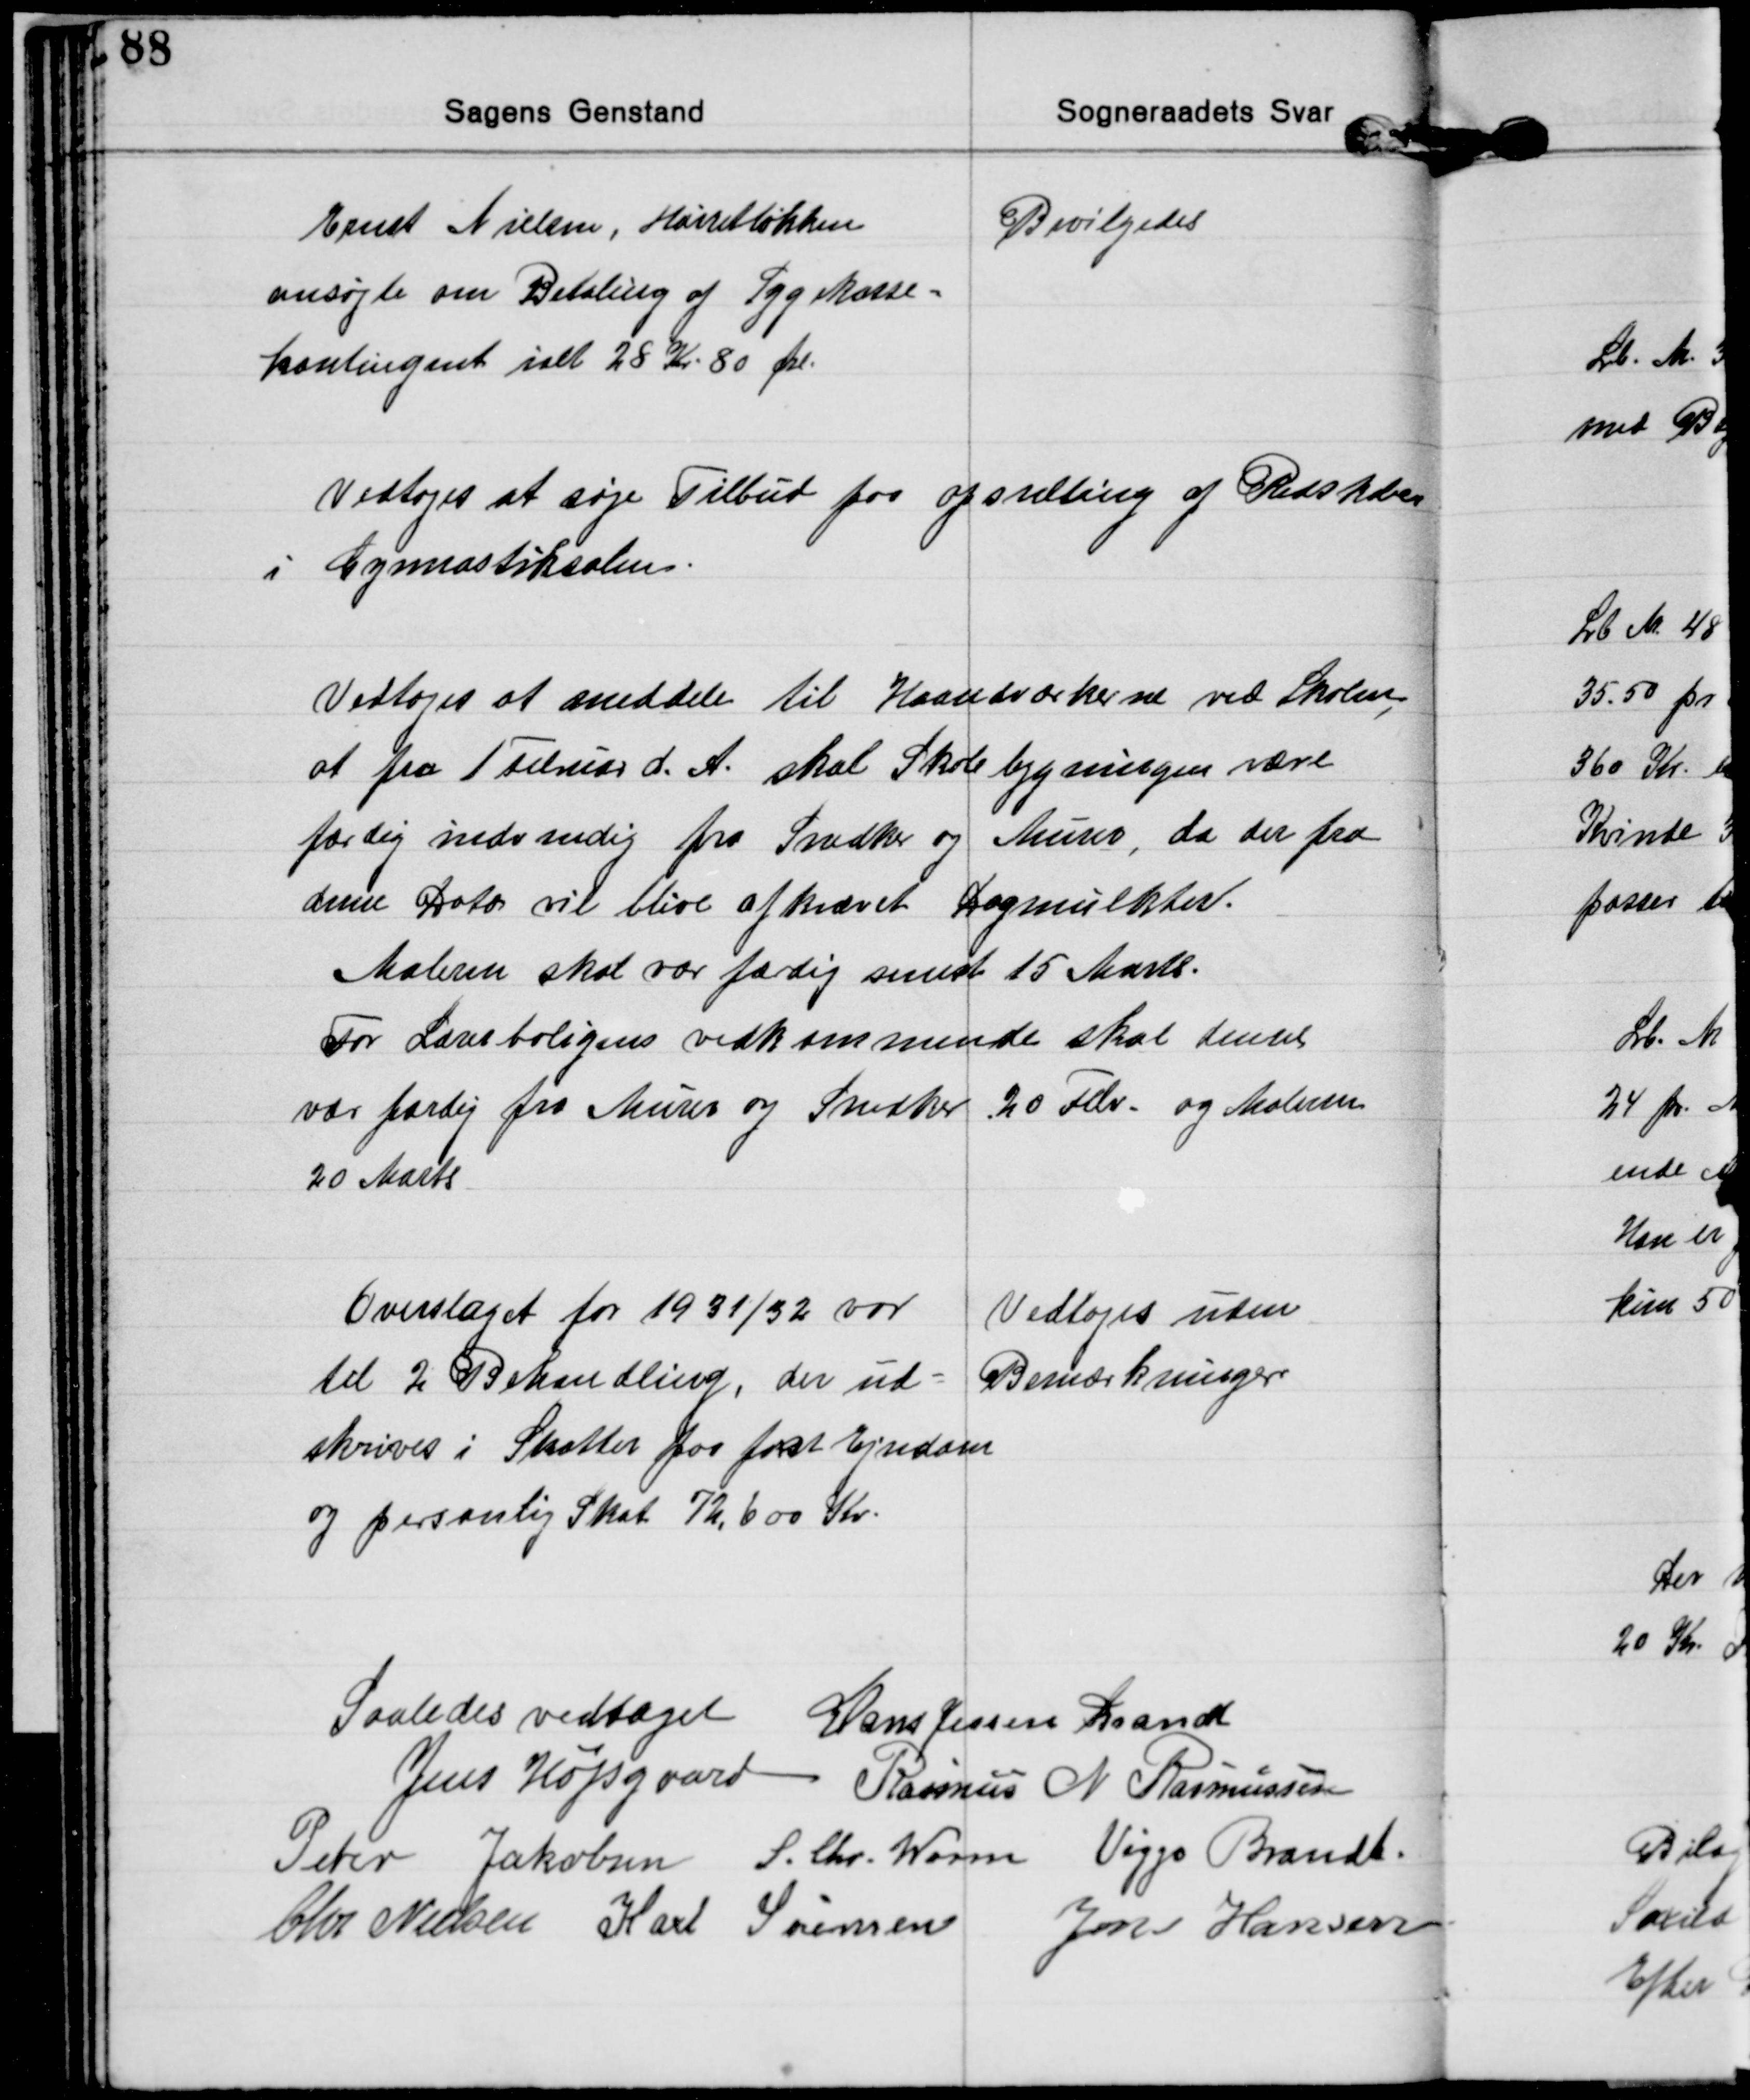
Transskription:
Ernst Nielsen, Hørretløkken
ansøgte om Betaling af Sygekasse=
kontingent ialt 28 Kr 80 Øre.
Bevilgedes

Vedtoges at søge Tilbud paa opstilting af Redskaber
i Gynastiksalen.

Vedtoges at meddele til Haandværkerne ved Skolen
at fra 1 Februar d. A. skal Skolebygningen være
færdig indvendig fra Snedker og Murer, da der fra
denne Dato vil blive afkrævet Dagmulkter.
Maleren skal vær færdig senest 15 Marts.
For Lærerboligens vedkommende skal denne
vær færdig fra Murer og Snedker 20 Febr. og Maleren
20 Marts

Overslaget for 1931/32 var
til 2 Behandling, der ud=
skrives i Skatter paa fast Ejendom
og personlig Skat 72,600 Kr.
Vedtoges uden
Bemærkninger

Saaledes vedtaget Hans Jessen Brandt
Jens Højsgaard Rasmus N. Rasmussen
Peter Jakobsen S. Chr. Worm Viggo Brandt.
Chr Nielsen Karl Sørensen Jens Hansen